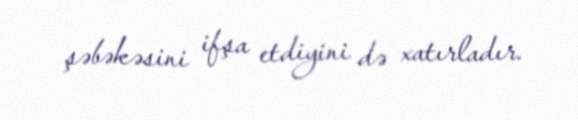
şəbəkəsini ifşa etdiyini də xatırladır.